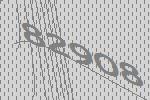
82908